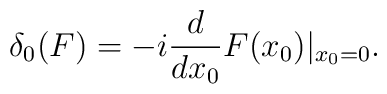
\delta_0(F)=-i{d \over dx_0}F(x_0) \vert_{x_0=0}.